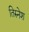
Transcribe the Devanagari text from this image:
तिरुनेश